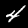
Digit: 4